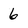
Character: 6